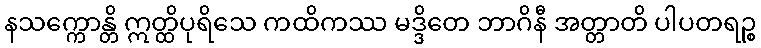
နသက္ကောန္တိ ဣတ္ထိပုရိသေ ကထိကဿ မဒ္ဒိတေ ဘာဂိနီ အတ္တာတိ ပါပတရဉ္စ